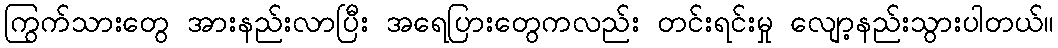
ကြွက်သားတွေ အားနည်းလာပြီး အရေပြားတွေကလည်း တင်းရင်းမှု လျော့နည်းသွားပါတယ်။